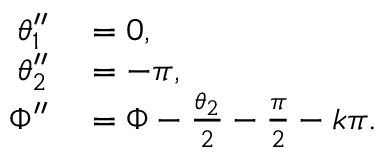
\begin{array} { r l } { \theta _ { 1 } ^ { \prime \prime } } & { { } = 0 , } \\ { \theta _ { 2 } ^ { \prime \prime } } & { { } = - \pi , } \\ { \Phi ^ { \prime \prime } } & { { } = \Phi - \frac { \theta _ { 2 } } { 2 } - \frac { \pi } { 2 } - k \pi . } \end{array}